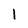
Character: l